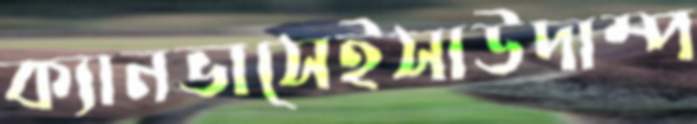
ক্যানভাসেইসাউদাম্প